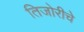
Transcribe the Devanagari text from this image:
तिजोरीचे